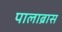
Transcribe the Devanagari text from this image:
पालाब्रास